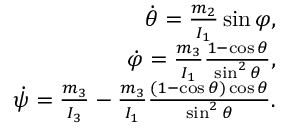
\begin{array} { r } { \dot { \theta } = \frac { m _ { 2 } } { I _ { 1 } } \sin \varphi , } \\ { \dot { \varphi } = \frac { m _ { 3 } } { I _ { 1 } } \frac { 1 - \cos \theta } { \sin ^ { 2 } \theta } , } \\ { \dot { \psi } = \frac { m _ { 3 } } { I _ { 3 } } - \frac { m _ { 3 } } { I _ { 1 } } \frac { ( 1 - \cos \theta ) \cos \theta } { \sin ^ { 2 } \theta } . } \end{array}